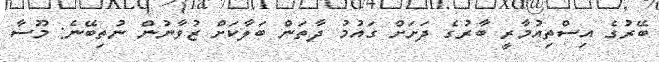
ބޭރުގެ އިސްތިއުމާރީ ބާރުގެ ދަށަށް ގައުމު ދާތަން ބަލާކަށް ޒުވާނުން ނުތިބޭނެ: މޫސާ